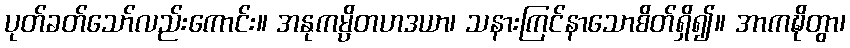
ပုတ်ခတ်သော်လည်းကောင်း။ အနုကမ္ပိတဟဒယာ၊ သနားကြင်နာသောစိတ်ရှိ၍။ အာကဍ္ဎိတွာ၊